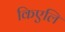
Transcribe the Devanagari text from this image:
किएलि